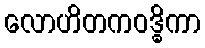
လောဟိတကဝဒ္ဓိကာ